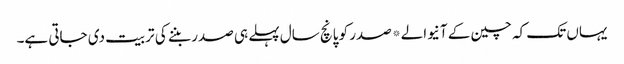
یہاں تک کہ چین کے آنیوالے*صدر کو پانچ سال پہلے ہی صدر بننے کی تربیت دی جاتی ہے۔